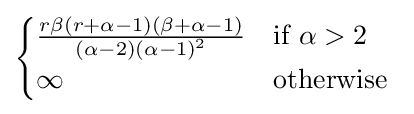
{\begin{cases}{\frac {r\beta (r+\alpha -1)(\beta +\alpha -1)}{(\alpha -2){(\alpha -1)}^{2}}}&{\text{if}}\ \alpha >2\\\infty &{\text{otherwise}}\ \end{cases}}